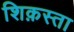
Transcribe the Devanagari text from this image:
शिक़स्ता